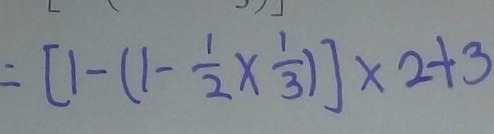
= [ 1 - ( 1 - \frac { 1 } { 2 } \times \frac { 1 } { 3 } ) ] \times 2 + 3